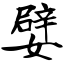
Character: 嬖